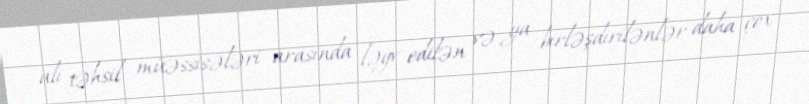
ali təhsil müəssisələri arasında ləğv edilən və ya birləşdirilənlər daha çox